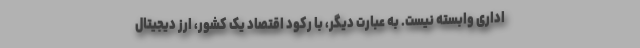
اداری وابسته نیست. به عبارت دیگر، با رکود اقتصاد یک کشور، ارز دیجیتال